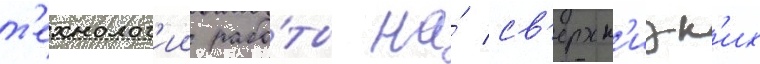
т'ехнолог'ии рабо́ты на́ св'ерхн'изк'их